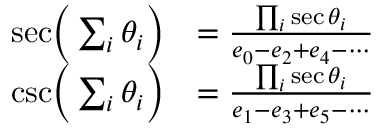
{ \begin{array} { r l } { { \sec } { \Bigl ( } \sum _ { i } \theta _ { i } { \Bigr ) } } & { = { \frac { \prod _ { i } \sec \theta _ { i } } { e _ { 0 } - e _ { 2 } + e _ { 4 } - \cdots } } } \\ { { \csc } { \Bigl ( } \sum _ { i } \theta _ { i } { \Bigr ) } } & { = { \frac { \prod _ { i } \sec \theta _ { i } } { e _ { 1 } - e _ { 3 } + e _ { 5 } - \cdots } } } \end{array} }